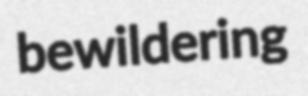
bewildering